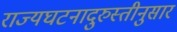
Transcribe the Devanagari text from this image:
राज्यघटनादुरुस्तीनुसार